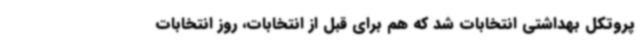
پروتکل بهداشتی انتخابات شد که هم برای قبل از انتخابات، روز انتخابات